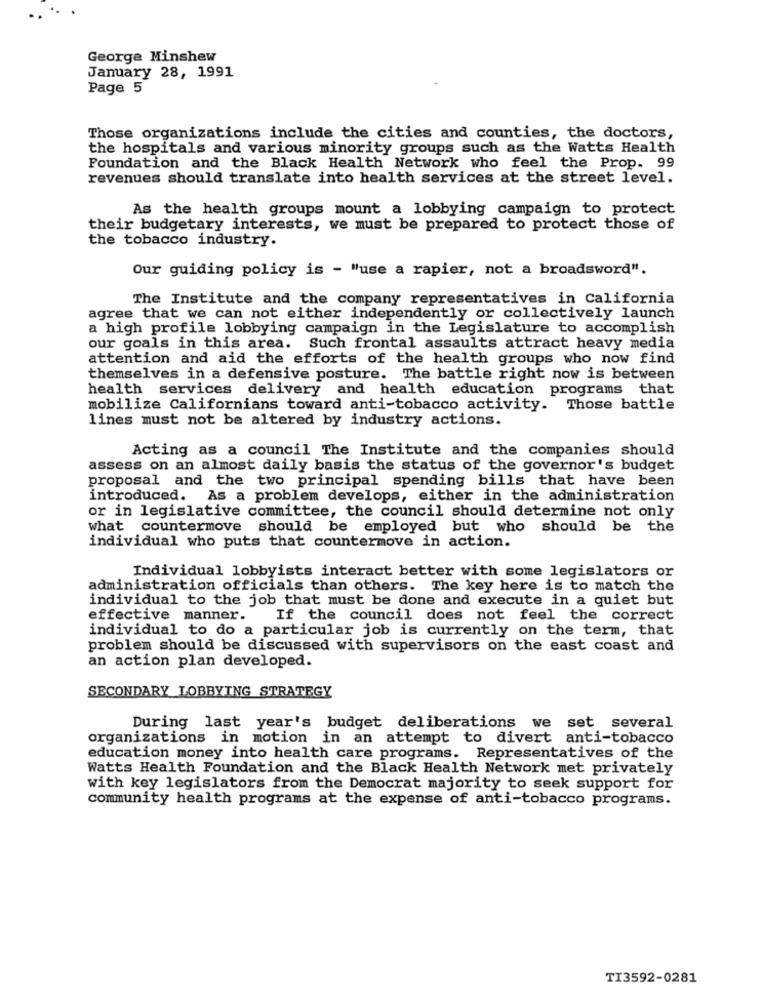
George Minshew
January 28, 1991
Page 5
Those organizations include the cities and counties, the doctors,
the hospitals and various minority groups such as the Watts Health
Foundation and the Black Health Network who feel the Prop. 99
revenues should translate into health services at the street level.
As the health groups mount a lobbying campaign to protect
their budgetary interests, we must be prepared to protect those of
the tobacco industry.
Our guiding policy is - "use a rapier, not a broadsword".
The Institute and the company representatives in California
agree that we can not either independently or collectively launch
a high profile lobbying campaign in the Legislature to accomplish
our goals in this area. Such frontal assaults attract heavy media
attention and aid the efforts of the health groups who now find
themselves in a defensive posture. The battle right now is between
health services delivery and health education programs that
mobilize Californians toward anti-tobacco activity. Those battle
lines must not be altered by industry actions.
Acting as a council The Institute and the companies should
assess on an almost daily basis the status of the governor's budget
proposal and the two principal spending bills that have been
introduced. As a problem develops, either in the administration
or in legislative committee, the council should determine not only
what countermove should be employed but who should be the
individual who puts that countermove in action.
Individual lobbyists interact better with some legislators or
administration officials than others. The key here is to match the
individual to the job that must be done and execute in a quiet but
effective manner.
If the council does not feel the correct
individual to do a particular job is currently on the term, that
problem should be discussed with supervisors on the east coast and
an action plan developed.
SECONDARY LOBBYING STRATEGY
During last year's budget deliberations we set several
organizations in motion in an attempt to divert anti-tobacco
education money into health care programs. Representatives of the
Watts Health Foundation and the Black Health Network met privately
with key legislators from the Democrat majority to seek support for
community health programs at the expense of anti-tobacco programs.
TI3592-0281